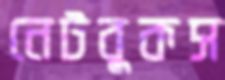
নেটবুকস